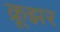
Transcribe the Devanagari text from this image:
क्रूझर